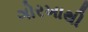
ગોરખાથી